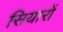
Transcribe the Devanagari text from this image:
सियारों